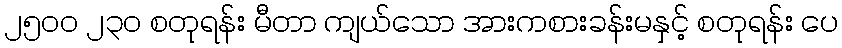
၂၅၀၀ ၂၃၀ စတုရန်း မီတာ ကျယ်သော အားကစားခန်းမနှင့် စတုရန်း ပေ